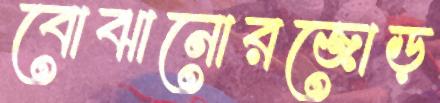
বোঝানোরজোড়